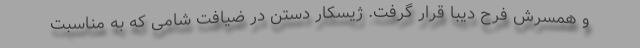
و همسرش فرح دیبا قرار گرفت. ژیسکار دستن در ضیافت شامی که به مناسبت